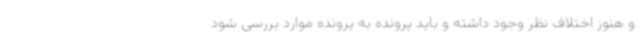
و هنوز اختلاف نظر وجود داشته و باید پرونده به پرونده موارد بررسی شود